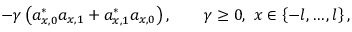
- \gamma \left( a _ { x , 0 } ^ { \ast } a _ { x , 1 } + a _ { x , 1 } ^ { \ast } a _ { x , 0 } \right) , \qquad \gamma \geq 0 , \ x \in \left\{ - l , \ldots , l \right\} ,